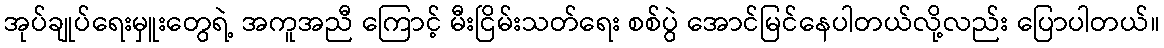
အုပ်ချုပ်ရေးမှူးတွေရဲ့ အကူအညီ ကြောင့် မီးငြိမ်းသတ်ရေး စစ်ပွဲ အောင်မြင်နေပါတယ်လို့လည်း ပြောပါတယ်။